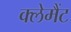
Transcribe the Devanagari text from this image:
क्लेमैंट